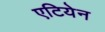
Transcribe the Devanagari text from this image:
एटियेन